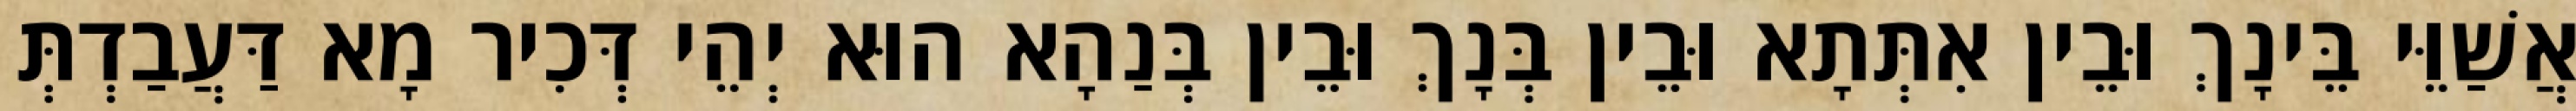
אֲשַׁוֵּי בֵּינָךְ וּבֵין אִתְּתָא וּבֵין בְּנָךְ וּבֵין בְּנַהָא הוּא יְהֵי דְּכִיר מָא דַּעֲבַדְתְּ